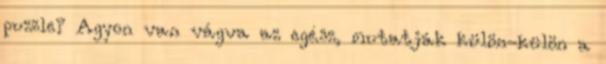
puzzle? Agyon van vágva az egész, mutatják külön-külön a